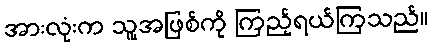
အားလုံးက သူ့အဖြစ်ကို ကြည့်ရယ်ကြသည်။